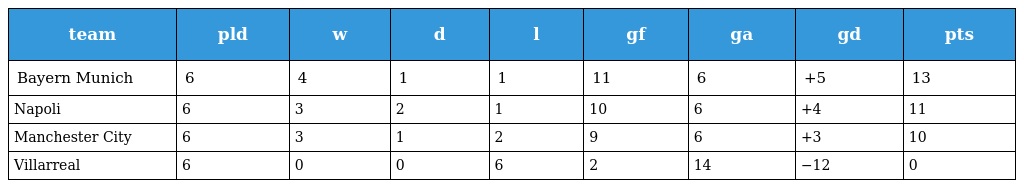
| team | pld | w | d | l | gf | ga | gd | pts |
 | --- | --- | --- | --- | --- | --- | --- | --- | --- |
 | Bayern Munich | 6 | 4 | 1 | 1 | 11 | 6 | +5 | 13 |
 | Napoli | 6 | 3 | 2 | 1 | 10 | 6 | +4 | 11 |
 | Manchester City | 6 | 3 | 1 | 2 | 9 | 6 | +3 | 10 |
 | Villarreal | 6 | 0 | 0 | 6 | 2 | 14 | −12 | 0 |